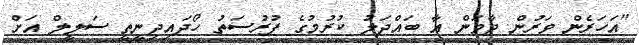
''އަހަރެން ވަރުން ދާވަން އާ ބައްދަލު ކުރުމުގެ ފުރުސަތު ހޯދައިދިނީތީ ސަލީލް އަށް